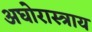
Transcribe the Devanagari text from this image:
अघोरास्त्राय